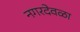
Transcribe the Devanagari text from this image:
नगरदेवळा